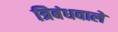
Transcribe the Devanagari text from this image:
त्रिबंधवाले